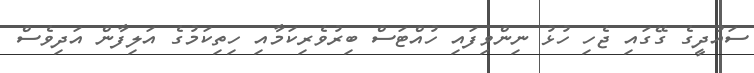
ސައުދީގެ ގޭގައި ޖެހި ހުޅު ނިންވިފައި ހުއްޓަސް ބިރުވެރިކަމާއި ހިތިކަމުގެ އަލިފާން އަދިވެސް